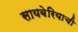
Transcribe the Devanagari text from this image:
सायबेरियाची